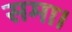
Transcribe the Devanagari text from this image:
समा।